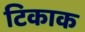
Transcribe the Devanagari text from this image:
टिकाक